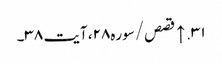
۳۱. ↑ قصص/سوره۲۸، آیت ۳۸۔